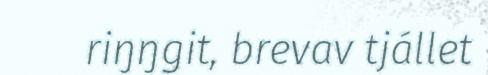
riŋŋgit, brevav tjállet